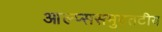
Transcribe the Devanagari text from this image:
आल्प्ससमुद्रतटीय